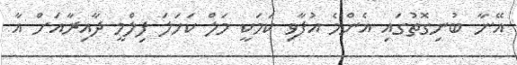
އޭނާ ބުނިގޮތުގައި އެންމެ އުފާވި ކަމަކީ މަލް ކަހަލަ ފިލްމީ ދާއިރާއަށް އާ